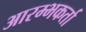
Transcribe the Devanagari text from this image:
आरम्भकर्ता